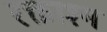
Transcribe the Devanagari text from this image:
रक्ताश्म